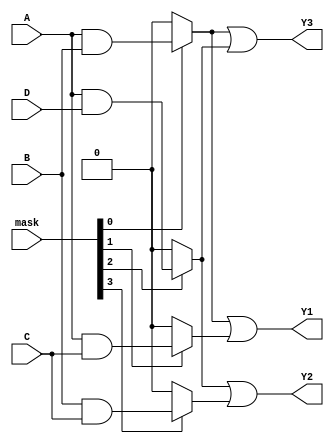
module MaskedPAL (
    input wire A,        // Input A
    input wire B,        // Input B
    input wire C,        // Input C
    input wire D,        // Input D
    input wire [3:0] mask, // Masking configuration for AND gates
    output wire Y1,      // Output Y1
    output wire Y2,      // Output Y2
    output wire Y3       // Output Y3
);

// AND gate outputs
wire and_out0, and_out1, and_out2, and_out3;
wire and_out4, and_out5, and_out6, and_out7;

// AND gate programming based on the mask
assign and_out0 = mask[0] ? (A & B) : 1'b0; // AND gate 0: A & B
assign and_out1 = mask[1] ? (A & C) : 1'b0; // AND gate 1: A & C
assign and_out2 = mask[2] ? (A & D) : 1'b0; // AND gate 2: A & D
assign and_out3 = mask[3] ? (B & C) : 1'b0; // AND gate 3: B & C

// OR gate outputs
assign Y1 = and_out0 | and_out1; // Output Y1: combines outputs from AND gates 0 and 1
assign Y2 = and_out2 | and_out3; // Output Y2: combines outputs from AND gates 2 and 3
assign Y3 = and_out0 | and_out2; // Output Y3: combines outputs from AND gates 0 and 2

endmodule